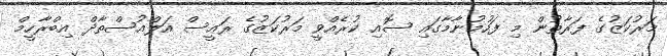
މަރުކަޒުގެ ފަރާތުން މި ފަހުމުނާމާގައި ސޮއި ކުރެއްވީ މަރުކަޒުގެ ރައީސް އަލްއުސްތާޛް އިބްރާހީމް